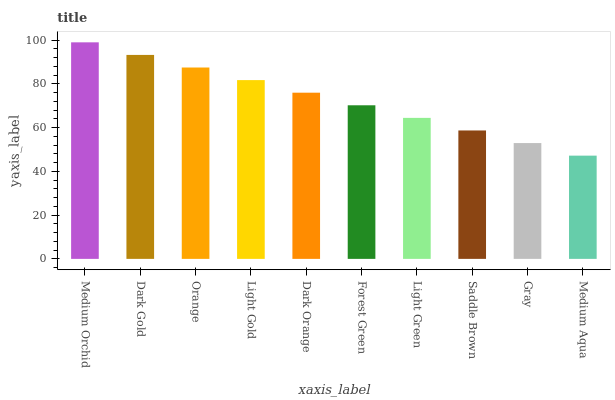
| xaxis_label | bars |
 | --- | --- |
 | Medium Orchid | 99 |
 | Dark Gold | 93.2 |
 | Orange | 87.5 |
 | Light Gold | 81.7 |
 | Dark Orange | 76 |
 | Forest Green | 70.2 |
 | Light Green | 64.5 |
 | Saddle Brown | 58.7 |
 | Gray | 53 |
 | Medium Aqua | 47.2 |